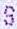
S